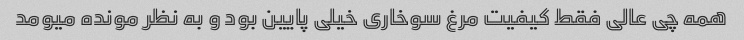
همه چی عالی فقط کیفیت مرغ سوخاری خیلی پایین بود و به نظر مونده میومد